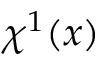
\chi ^ { 1 } ( \boldsymbol { x } )